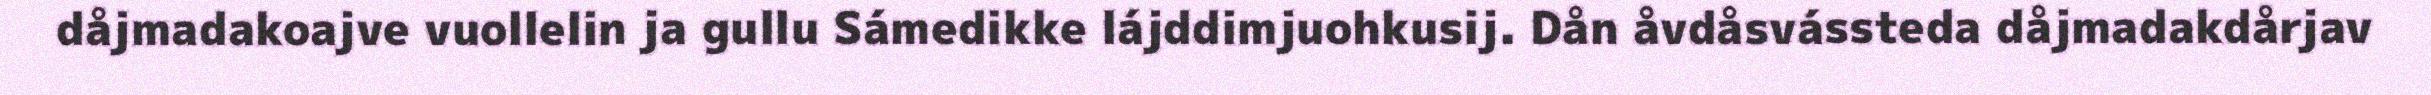
dåjmadakoajve vuollelin ja gullu Sámedikke lájddimjuohkusij. Dån åvdåsvássteda dåjmadakdårjav